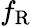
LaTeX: f_{\mathrm{R}}